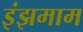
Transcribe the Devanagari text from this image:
इंझमाम